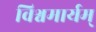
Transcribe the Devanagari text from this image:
विश्वमार्यम्‌